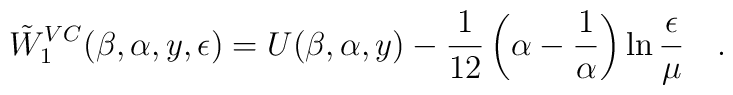
\tilde{W}_1^{VC}(\beta,\alpha,y,\epsilon)=U(\beta,\alpha,y)	- {1\over12}\left(\alpha-{1\over\alpha}\right)\ln{\epsilon\over\mu}{}~~~.